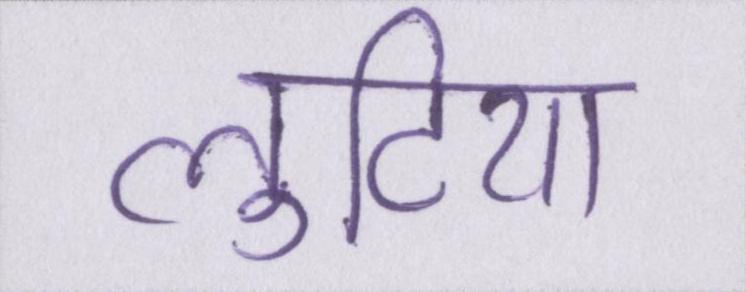
लुटिया